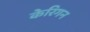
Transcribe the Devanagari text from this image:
केरिगन